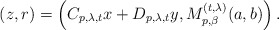
\begin{align*} (z,r) = \left( C_{p,\lambda,t}x + D_{p,\lambda,t}y, M_{p,\beta}^{(t,\lambda)}(a,b) \right). \end{align*}